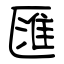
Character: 匯